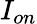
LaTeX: I_{on}